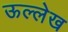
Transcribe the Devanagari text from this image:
ऊल्लेख